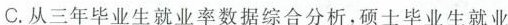
C.从三年毕业生就业率数据综合分析，硕士毕业生就业